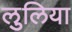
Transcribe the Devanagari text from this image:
लुलिया